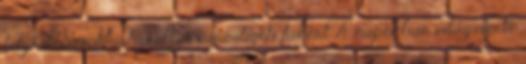
folytathassuk a harcot a városligeti fákért A napokban világszerte